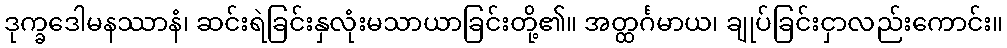
ဒုက္ခဒေါမနဿာနံ၊ ဆင်းရဲခြင်းနှလုံးမသာယာခြင်းတို့၏။ အတ္ထင်္ဂမာယ၊ ချုပ်ခြင်းငှာလည်းကောင်း။